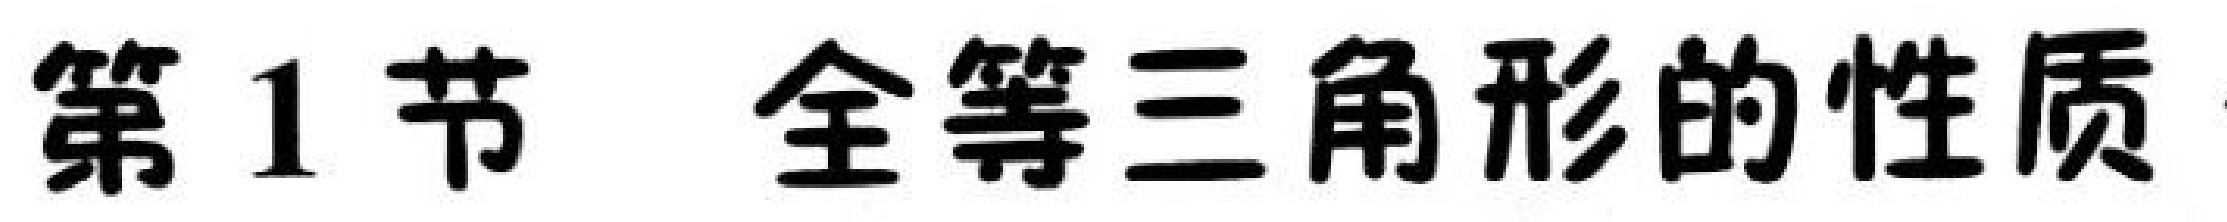
第1节 全等三角形的性质